Juri_Uluots, lk 11
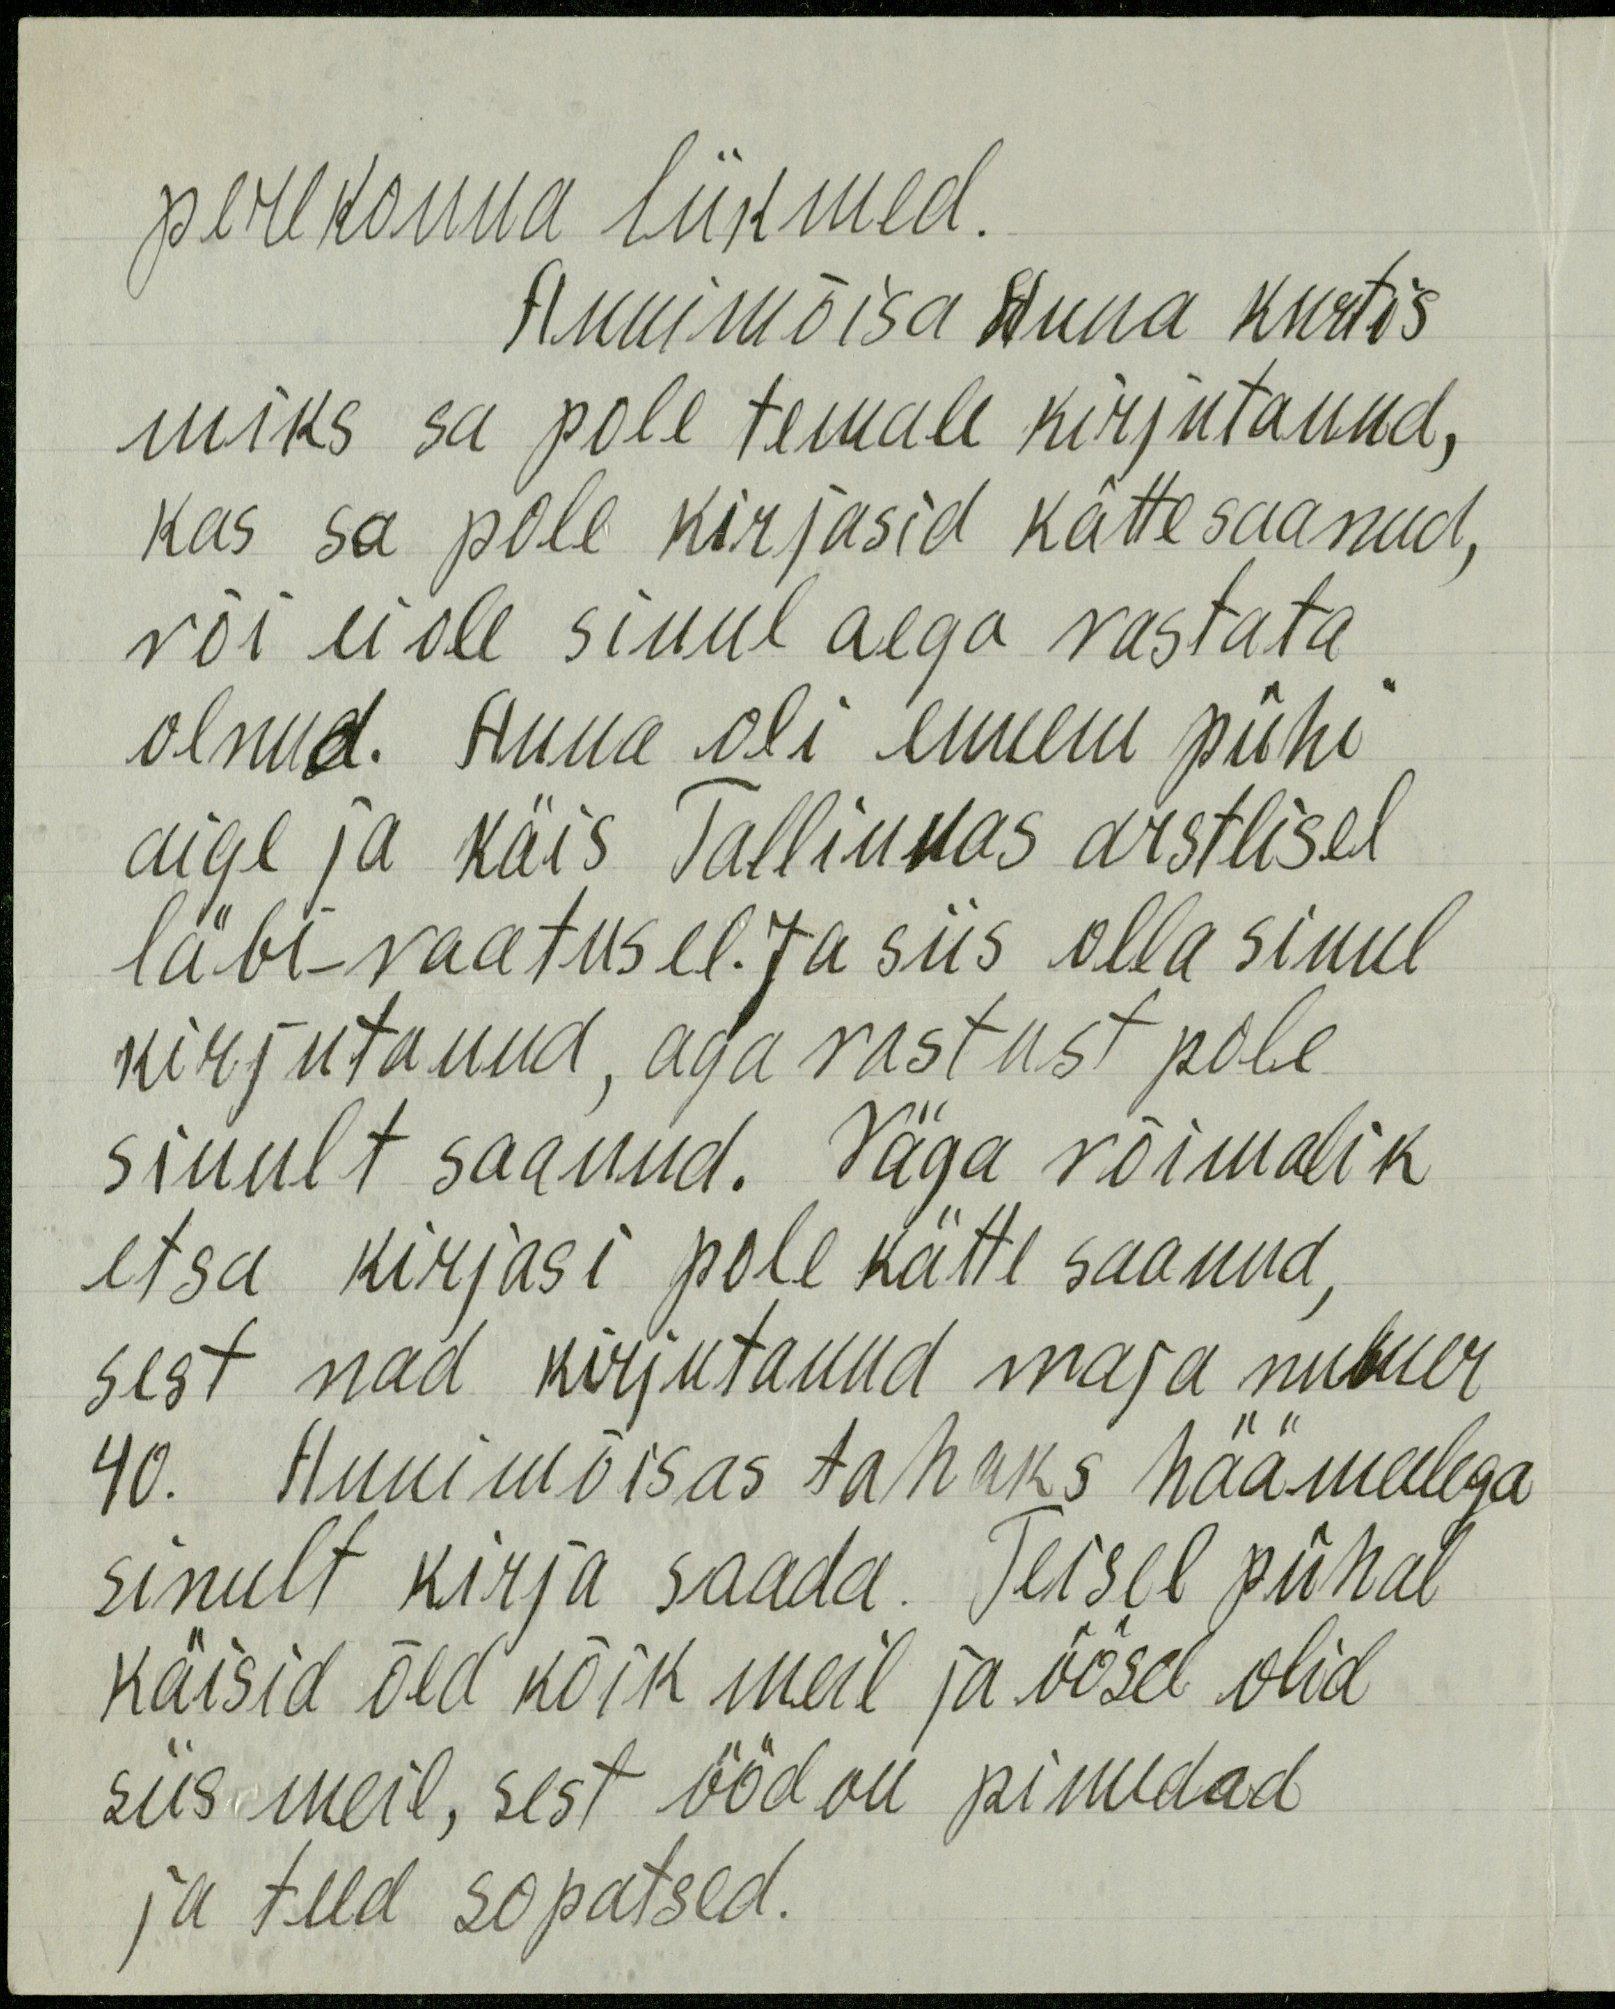
perekonna liikmed.
Annimõisa Anna kurtis
miks sa pole temale kirjutanud,
kas sa pole kirjasid kätte saanud,
või ei ole sinul aega vastata
olnud. Anna oli ennem pühi
aige ja käis Tallinnas arstlisel
läbi-vaatusel. Ja siis olla sinul
kirjutanud, aga vastust pole
sinult saanud. Väga võimalik
et sa kirjasi pole kätte saanud,
sest nad kirjutanud maja number
40. Annimõisas tahaks häämeelega
sinult kirja saada. Teisel pühal
käisid õed kõik meil ja öösel olid
siis meil, sest ööd on pimedad
ja teed sopatsed.